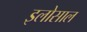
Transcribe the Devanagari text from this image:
इलोसाल